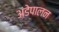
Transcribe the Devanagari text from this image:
अंडेपालन